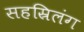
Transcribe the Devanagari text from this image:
सहस्रिलंग